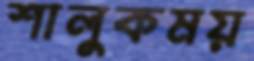
শালুকময়